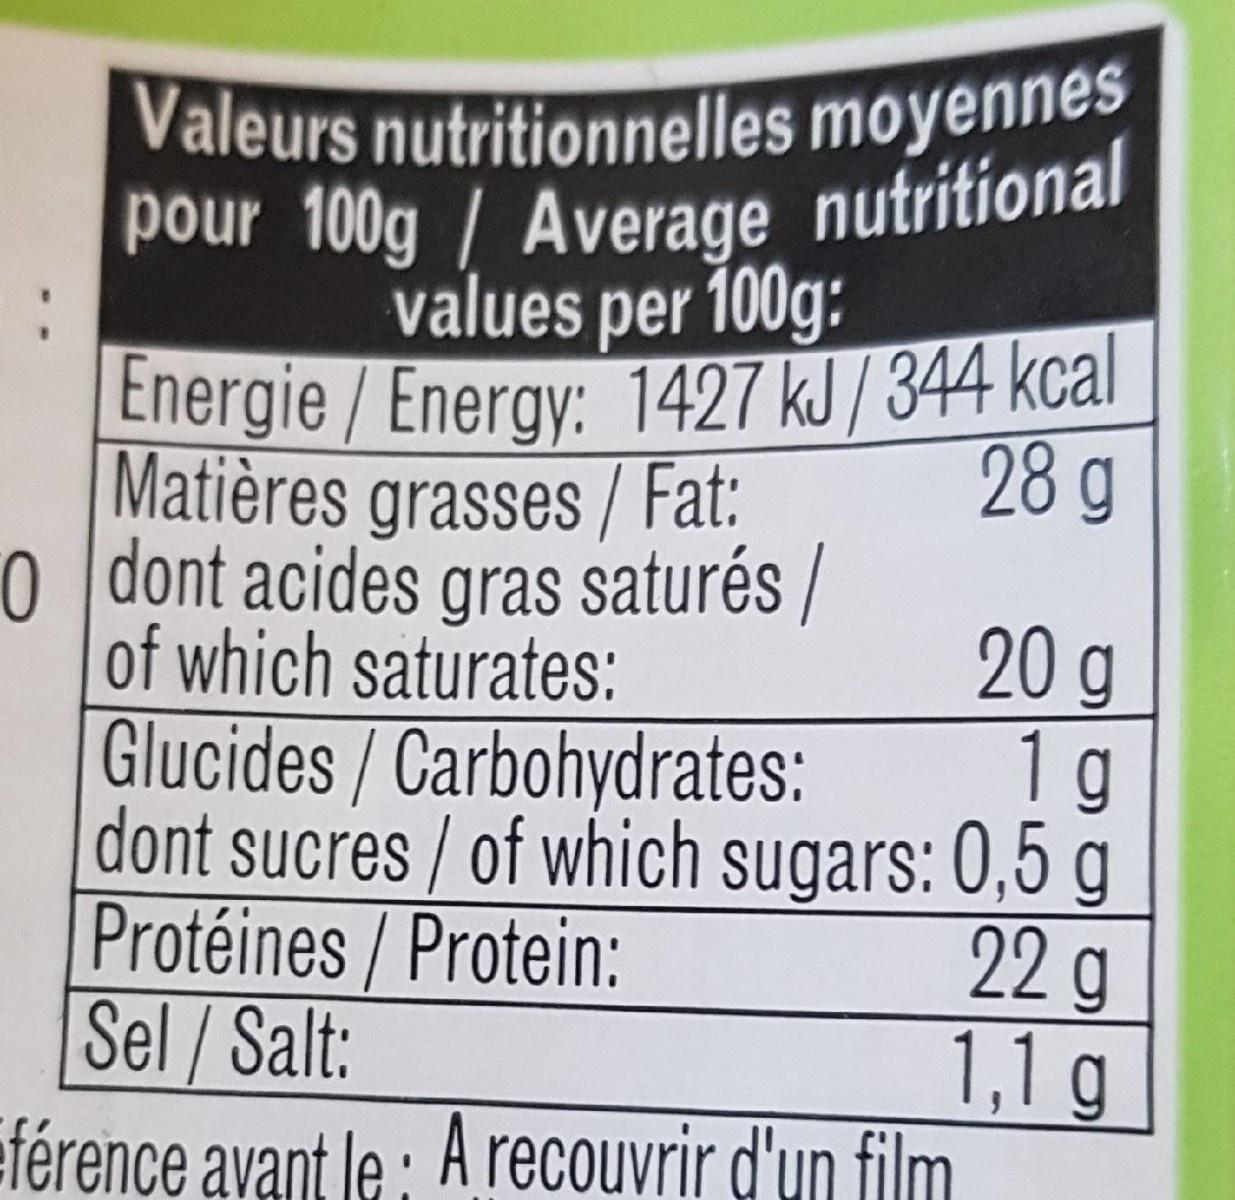
Valeurs nutritionnelles moyennes pour 100g / Average nutritional
values per 100g:
Energie/Energy: 1427 kJ / 344 kcal Matières grasses / Fat: 0 dont acides gras saturés / of which saturates: Glucides / Carbohydrates: dont sucres / of which sugars: 0,5 g Protéines/ Protein: Sel/Salt:
28 g
20 g 1g
22g 1,1g
eférence avant le : A recouvrir d'un film